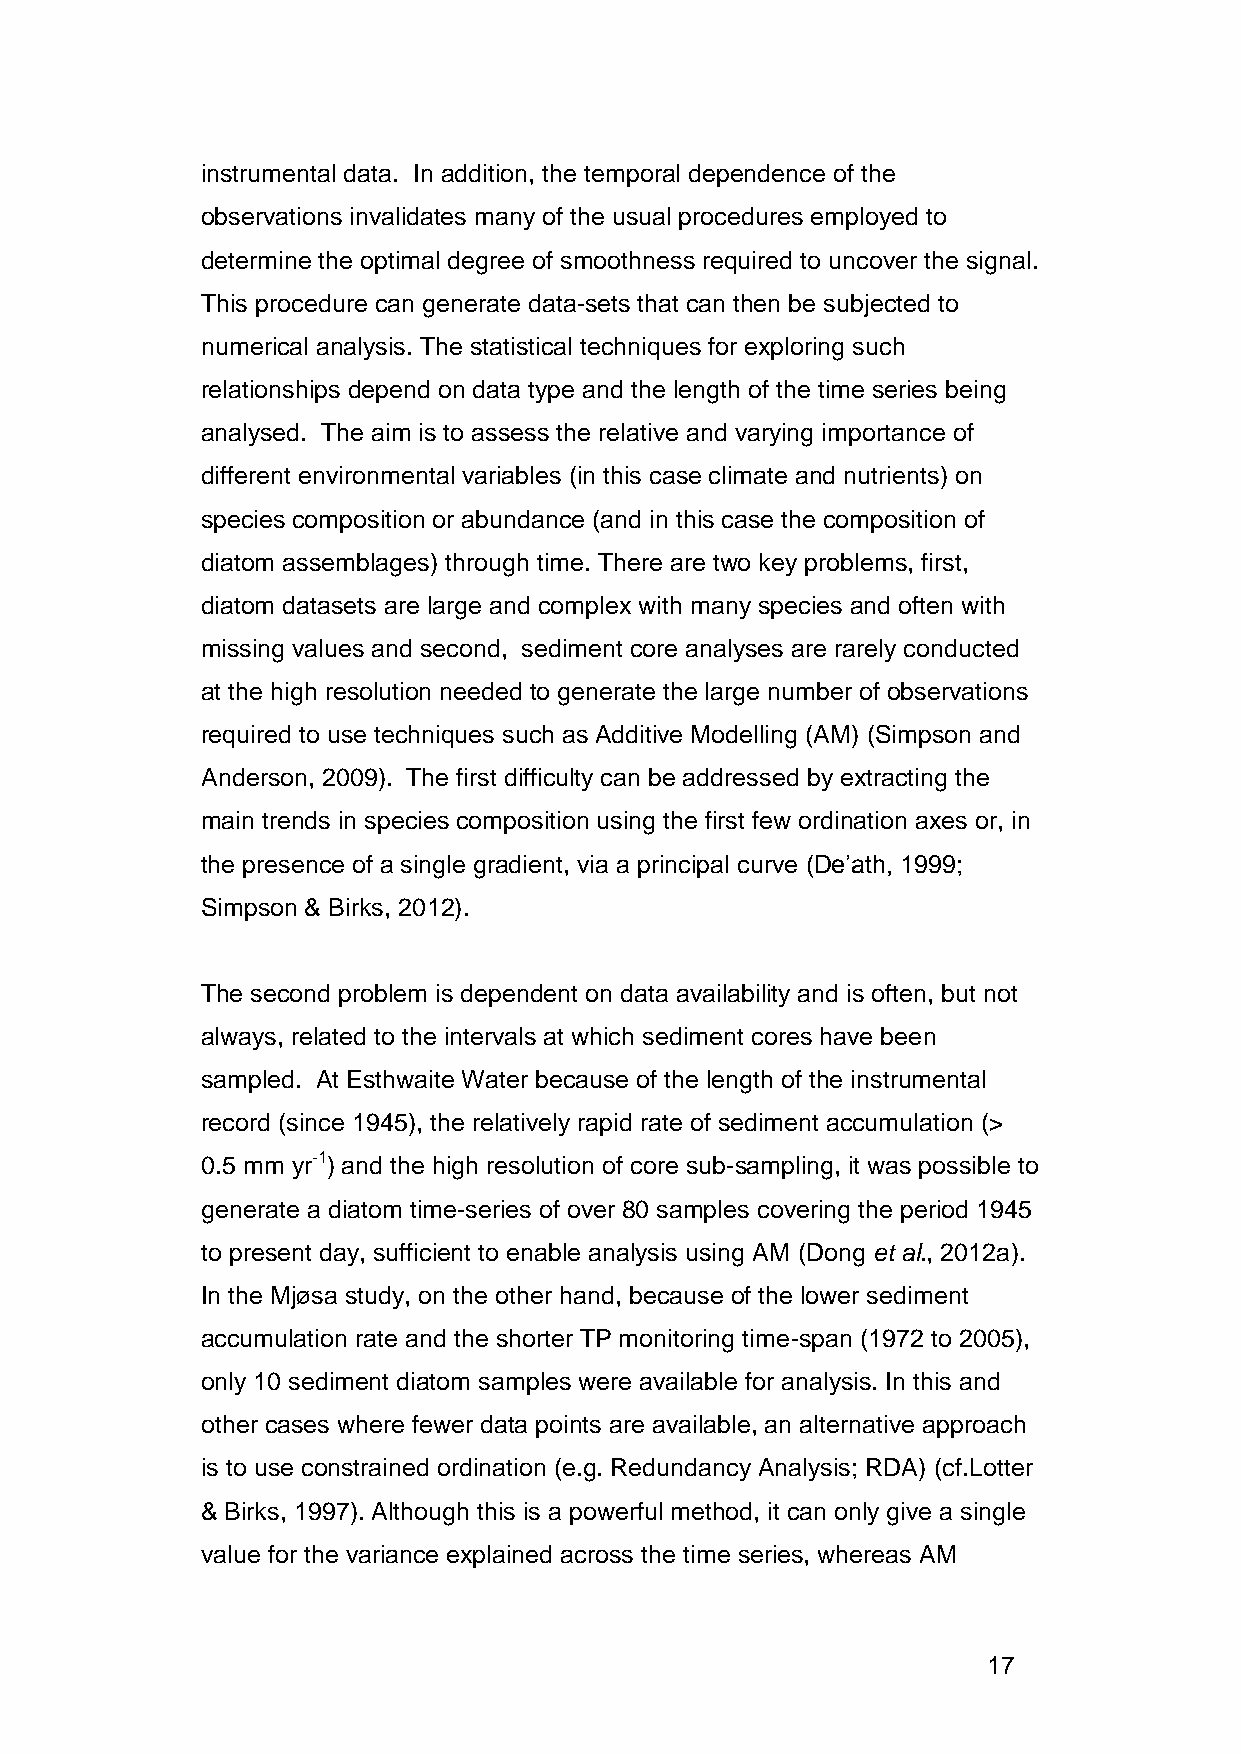
instrumental data. In addition, the temporal dependence of the
 observations invalidates many of the usual procedures employed to
 determine the optimal degree of smoothness required to uncover the signal.
 This procedure can generate data-sets that can then be subjected to
 numerical analysis. The statistical techniques for exploring such
 relationships depend on data type and the length of the time series being
 analysed. The aim is to assess the relative and varying importance of
 different environmental variables (in this case climate and nutrients) on
 species composition or abundance (and in this case the composition of
 diatom assemblages) through time. There are two key problems, first,
 diatom datasets are large and complex with many species and often with
 missing values and second, sediment core analyses are rarely conducted
 at the high resolution needed to generate the large number of observations
 required to use techniques such as Additive Modelling (AM) (Simpson and
 Anderson, 2009). The first difficulty can be addressed by extracting the
 main trends in species composition using the first few ordination axes or, in
 the presence of a single gradient, via a principal curve (De’ath, 1999;
 Simpson & Birks, 2012).
 The second problem is dependent on data availability and is often, but not
 always, related to the intervals at which sediment cores have been
 sampled. At Esthwaite Water because of the length of the instrumental
 record (since 1945), the relatively rapid rate of sediment accumulation (>
 0.5 mm yr-1) and the high resolution of core sub-sampling, it was possible to
 generate a diatom time-series of over 80 samples covering the period 1945
 to present day, sufficient to enable analysis using AM (Dong et al., 2012a).
 In the Mjøsa study, on the other hand, because of the lower sediment
 accumulation rate and the shorter TP monitoring time-span (1972 to 2005),
 only 10 sediment diatom samples were available for analysis. In this and
 other cases where fewer data points are available, an alternative approach
 is to use constrained ordination (e.g. Redundancy Analysis; RDA) (cf.Lotter
 & Birks, 1997). Although this is a powerful method, it can only give a single
 value for the variance explained across the time series, whereas AM
 17